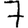
Digit: 7